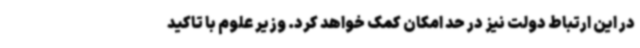
در این ارتباط دولت نیز در حد امکان کمک خواهد کرد. وزیر علوم با تاکید